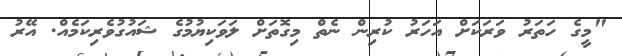
"މީގެ ހަތަރު ވަރަކަށް އަހަރު ކުރިން ނެތް މިގޮތަށް ލަވަކިޔުމުގެ ޝައުގުވެރިކަމެއް. އޭރު